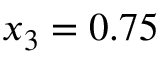
x _ { 3 } = 0 . 7 5